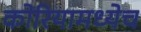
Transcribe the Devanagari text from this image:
कोरियामध्येच